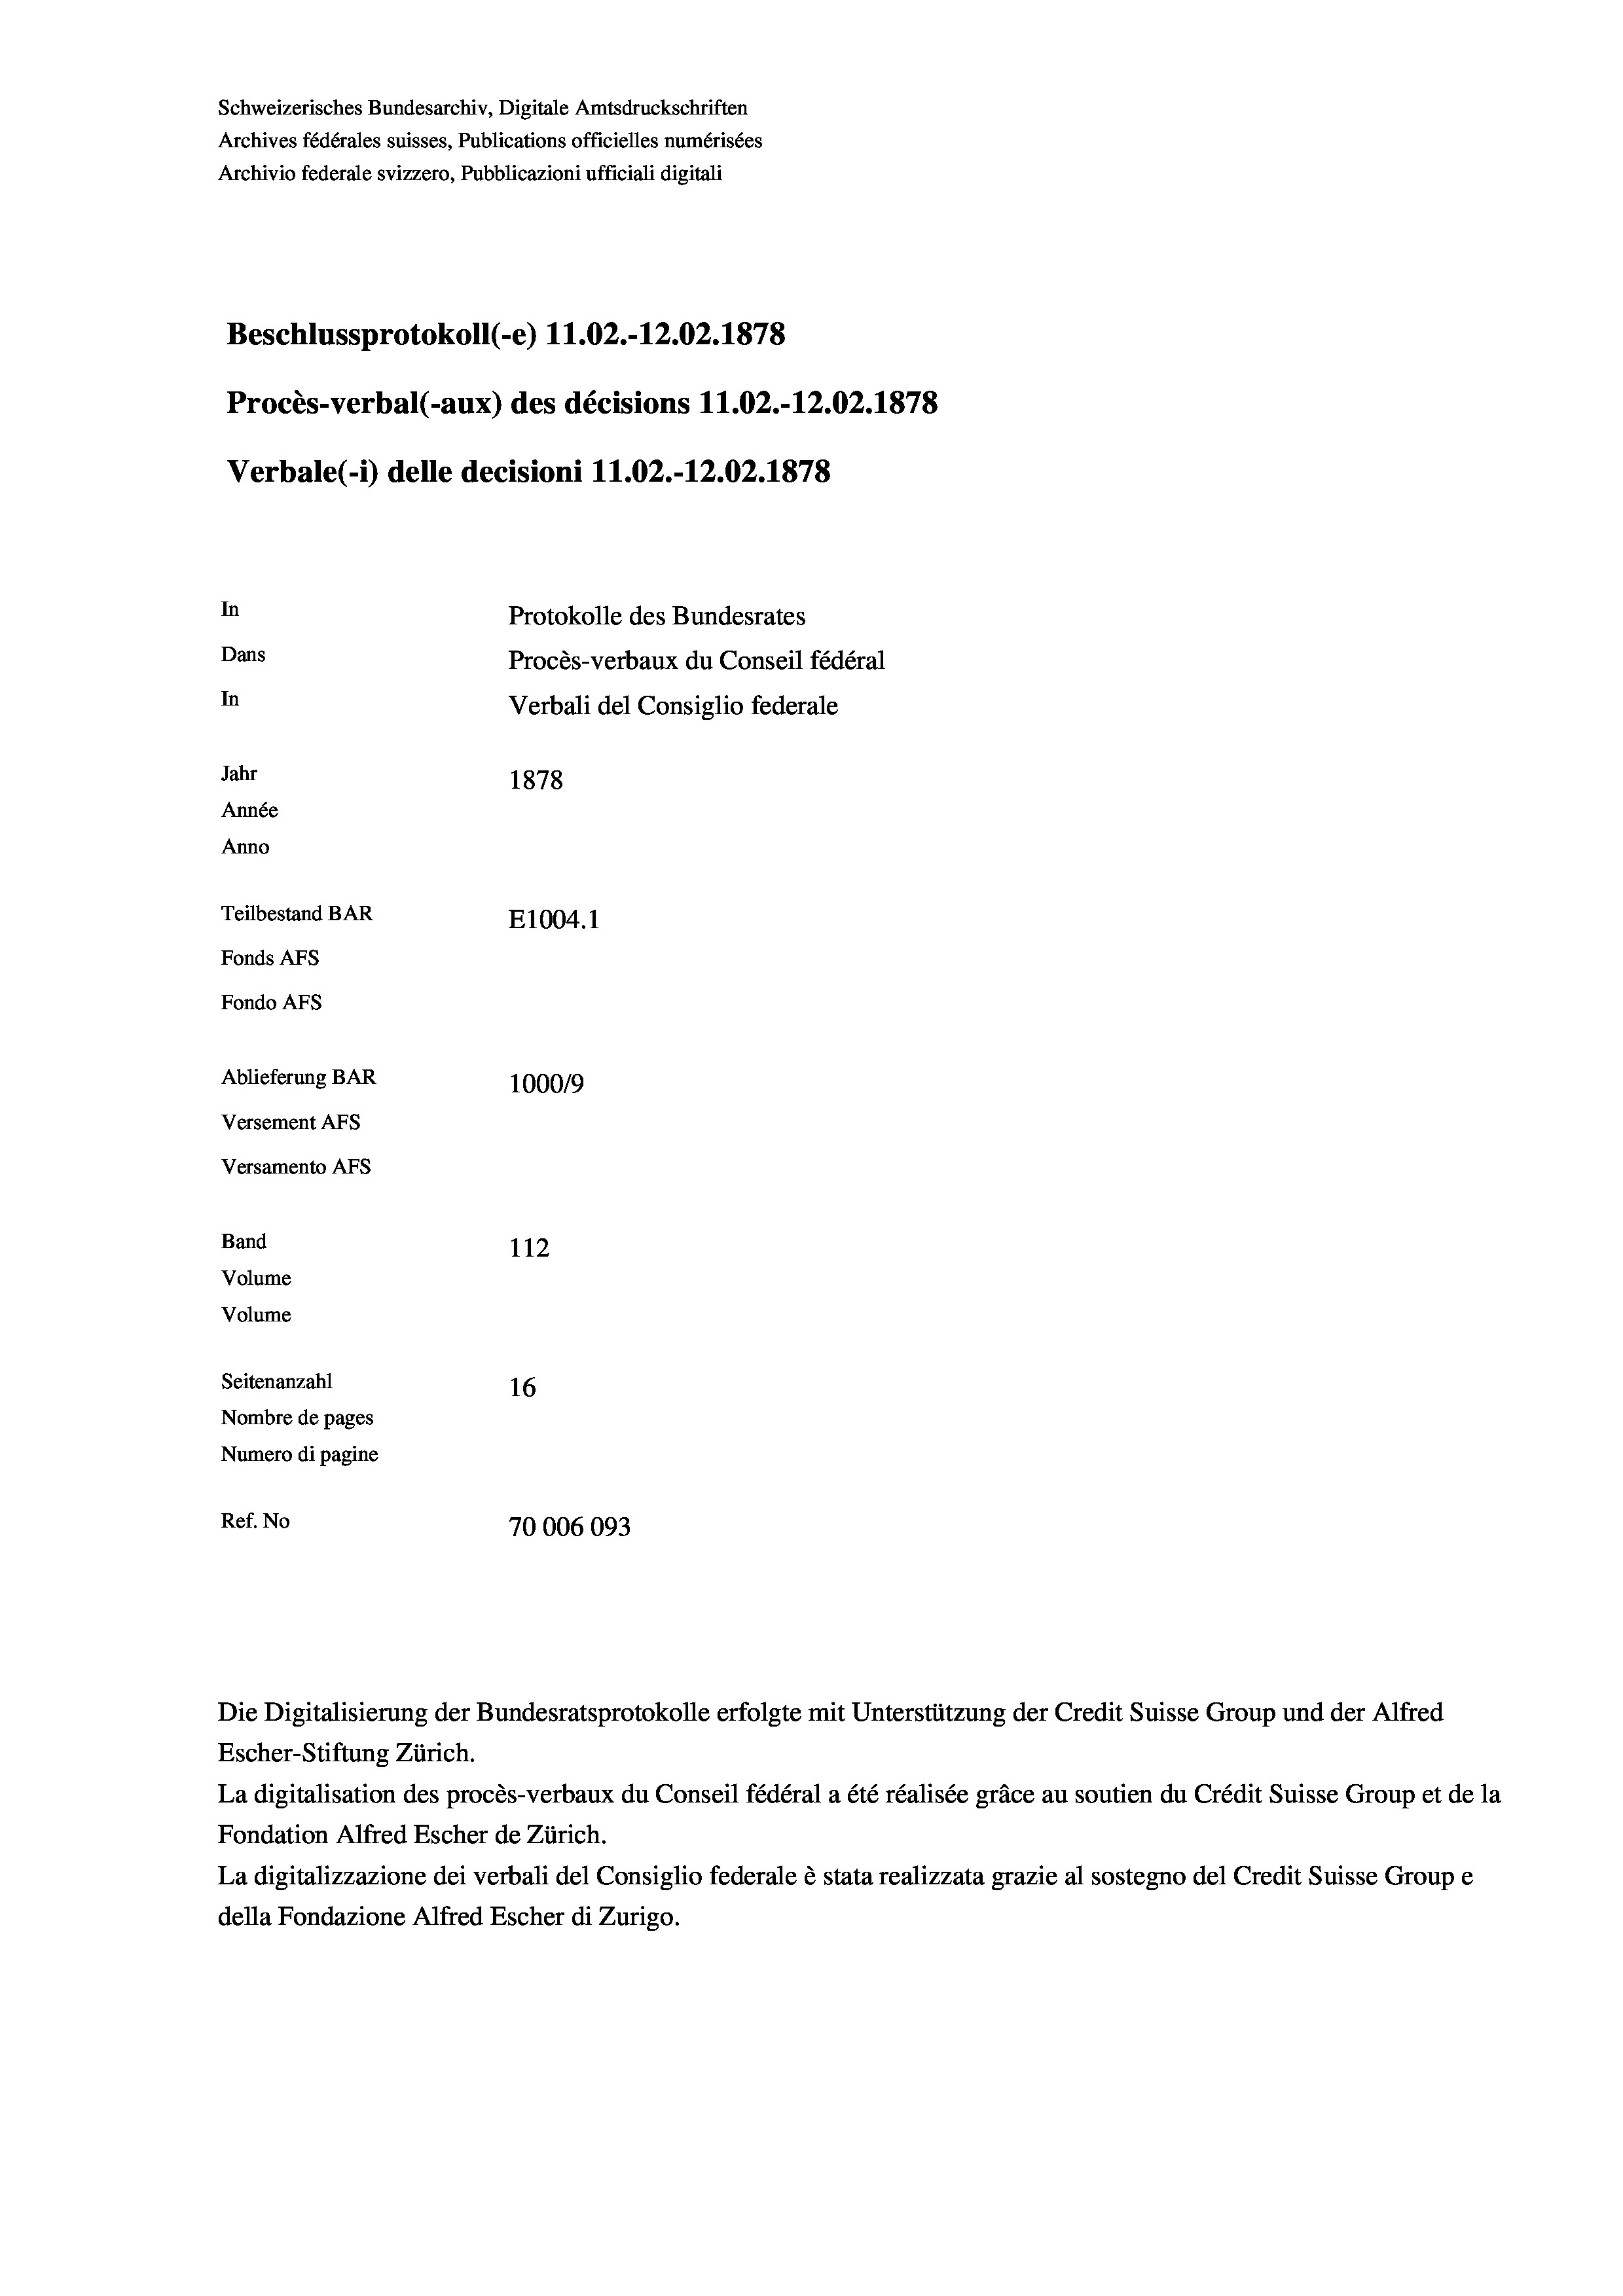
Schweizerisches Bundesarchiv, Digitale Amtsdruckschriften
Archives fédérales suisses, Publications officielles numérisées
Archivio federale svizzero, Pubblicazioni ufficiali digitali
Beschlussprotokoll (-e) 11.02.-12.02. 1878
Procès-verbal (-aux) des décisions 11.02.-12.02. 1878
Verbale(*) delle decisioni 11.02.-12.02. 1878
In
Protokolle des Bundesrates
Dans
Procès-verbaux du Conseil fédéral
In
Verbali del Consiglio federale
Jahr
1878
Année
Anno
Teilbestand BAR
E1004. 1
Fonds AFs
Fondo AFS
Ablieferung BAR
100019
Versement AFs
Versamento Afs
Band
112
Volume
Volume
Seitenanzahl
16
Nombre de pages
Numero di pagine
Ref. No
70006093

La digitalisation des procès-verbaux du Conseil fédéral a été réalisée gräce au soutien du Crédit Suisse Group et de la
Fondation Alfred Escher de Zürich.
La digitalizzazione dei verbali del Consiglio federale è stata realizzata grazie al sostegno del Credit Suisse Groupe
della Fondazione Alfred Escher di Zurigo.

Die Digitalisierung der Bundesratsprotokolle erfolgte mit Unterstützung der Credit Suisse Group und der Alfred
Escher-Stiftung Zürich.